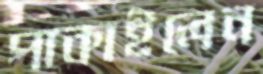
পাকাইলেন